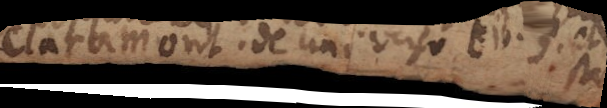
Claramont. de universo lib. 3 et